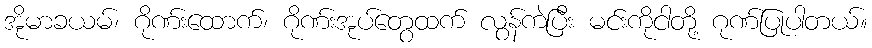
အိုမာခယမ်၊ ဂိုဏ်းထောက်၊ ဂိုဏ်းအုပ်တွေထက် လွန်ကဲပြီး မင်းကိုငါတို့ ဂုဏ်ပြုပါတယ်။